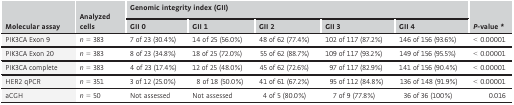
<table><thead><tr><td></td><td></td><td colspan="5"><b>Genomic integrity index (GII)</b></td><td></td></tr><tr><td><b>Molecular assay</b></td><td><b>Analyzed cells</b></td><td><b>GII 0</b></td><td><b>GII 1</b></td><td><b>GII 2</b></td><td><b>GII 3</b></td><td><b>GII 4</b></td><td><b><i>P</i>-value *</b></td></tr></thead><tbody><tr><td>PIK3CA Exon 9</td><td><i>n</i> = 383</td><td>7 of 23 (30.4%)</td><td>14 of 25 (56.0%)</td><td>48 of 62 (77.4%)</td><td>102 of 117 (87.2%)</td><td>146 of 156 (93.6%)</td><td>&lt; 0.00001</td></tr><tr><td>PIK3CA Exon 20</td><td><i>n</i> = 383</td><td>8 of 23 (34.8%)</td><td>18 of 25 (72.0%)</td><td>55 of 62 (88.7%)</td><td>109 of 117 (93.2%)</td><td>149 of 156 (95.5%)</td><td>&lt; 0.00001</td></tr><tr><td>PIK3CA complete</td><td><i>n</i> = 383</td><td>4 of 23 (17.4%)</td><td>12 of 25 (48.0%)</td><td>45 of 62 (72.6%)</td><td>97 of 117 (82.9%)</td><td>141 of 156 (90.4%)</td><td>&lt; 0.00001</td></tr><tr><td>HER2 qPCR</td><td><i>n</i> = 351</td><td>3 of 12 (25.0%)</td><td>8 of 18 (50.0%)</td><td>41 of 61 (67.2%)</td><td>95 of 112 (84.8%)</td><td>136 of 148 (91.9%)</td><td>&lt; 0.00001</td></tr><tr><td>aCGH</td><td><i>n</i> = 50</td><td>Not assessed</td><td>Not assessed</td><td>4 of 5 (80.0%)</td><td>7 of 9 (77.8%)</td><td>36 of 36 (100%)</td><td>0.016</td></tr></tbody></table>